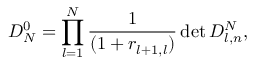
D _ { N } ^ { 0 } = \prod _ { l = 1 } ^ { N } \frac { 1 } { ( 1 + r _ { l + 1 , l } ) } \operatorname* { d e t } D _ { l , n } ^ { N } ,